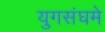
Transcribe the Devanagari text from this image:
युगसंघमे